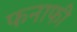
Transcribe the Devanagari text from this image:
फनाफी